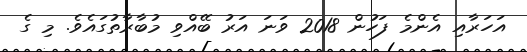
އަހަރާއި އެންމެ ފަހުން 2018 ވަނަ އަރު ބޭއްވި މުބާރާތުގައެވެ. މި ގެ